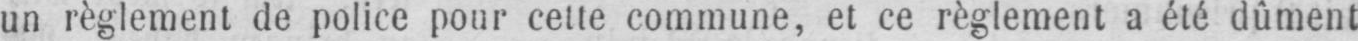
un règlement de police pour celle commune, et ce règlement a été dûment